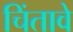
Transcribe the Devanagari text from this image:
चिंतावे